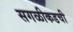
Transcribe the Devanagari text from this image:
सगळीकडची